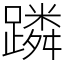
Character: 蹸